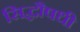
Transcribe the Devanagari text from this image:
सिद्धौषधी